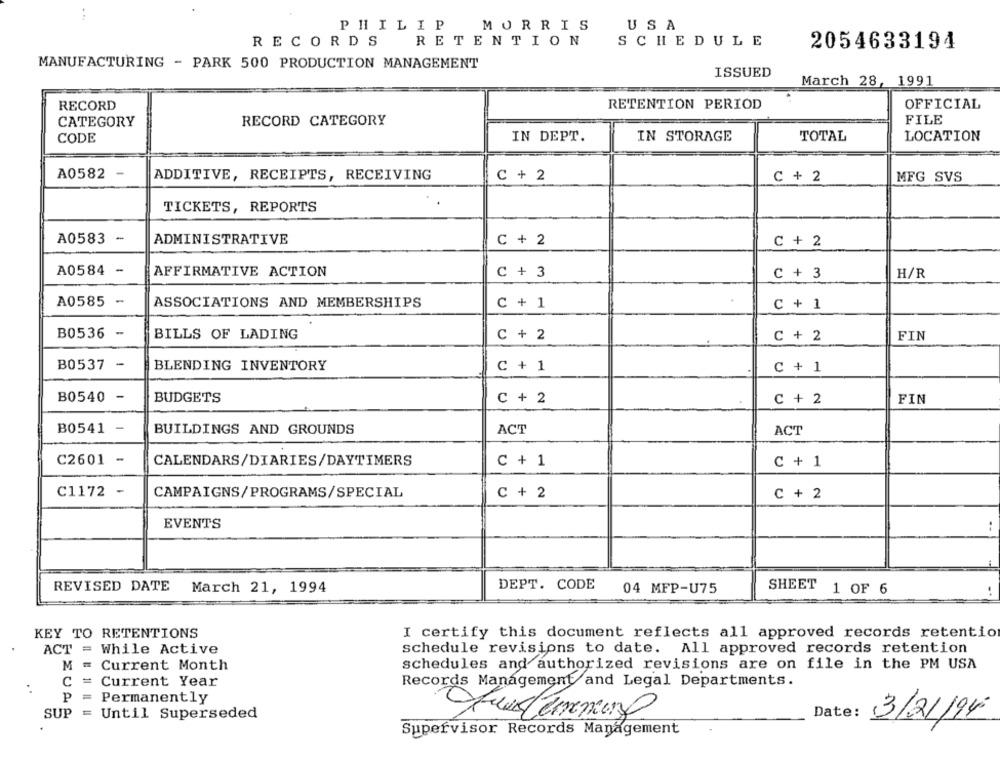
...
PHILIP
MORRIS
USA
RECORDS
RETENTION
SCHEDULE
2054633194
MANUFACTURING - PARK 500 PRODUCTION MANAGEMENT
ISSUED
March 28, 1991
RECORD
RETENTION PERIOD
OFFICIAL
RECORD CATEGORY
FILE
CATEGORY
IN DEPT.
IN STORAGE
TOTAL
LOCATION
CODE
A0582 -
ADDITIVE, RECEIPTS, RECEIVING
C + 2
C + 2
MFG SVS
TICKETS, REPORTS
A0583 *
ADMINISTRATIVE
C + 2
C + 2
A0584 -
AFFIRMATIVE ACTION
C + 3
C + 3
H/R
A0585
-
ASSOCIATIONS AND MEMBERSHIPS
C + 1
C + 1
B0536
-
BILLS OF LADING
C + 2
C + 2
FIN
B0537 -
BLENDING INVENTORY
C + 1
C + 1
B0540
-
BUDGETS
C + 2
C + 2
FIN
B0541 -
BUILDINGS AND GROUNDS
ACT
ACT
C2601 -
CALENDARS/DIARIES/DAYTIMERS
C + 1
C + 1
C1172 -
CAMPAIGNS/PROGRAMS/SPECIAL
C + 2
C + 2
EVENTS
..
DEPT. CODE
REVISED DATE
March 21, 1994
04 MFP-U75
SHEET 1 OF 6
KEY TO RETENTIONS
I certify this document reflects all approved records retention
ACT = While Active
schedule revisions to date. All approved records retention
M = Current Month
schedules and authorized revisions are on file in the PM USA
C = Current Year
Records Management and Legal Departments.
P = Permanently
SUP = Until Superseded
Date:
3/21/94
Supervisor Records Management